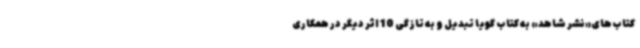
کتاب‌های«نشر شاهد» به کتاب گویا تبدیل و به تازگی 10 اثر دیگر در همکاری